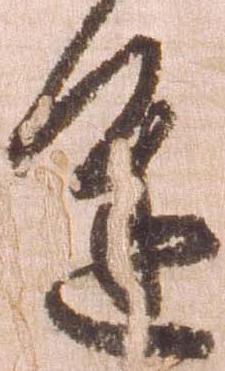
進